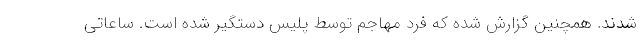
شدند. همچنین گزارش شده که فرد مهاجم توسط پلیس دستگیر شده است. ساعاتی